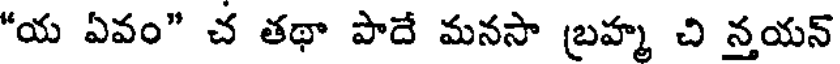
"య ఏవం" చ తథా పాదే మనసా బ్రహ్మ చి న్తయన్